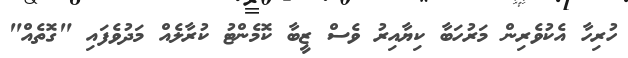
ހުރިހާ އެކުވެރިން މަރުހަބާ ކިޔާއިރު ވެސް ޒީބާ ކޮމެންޓު ކުރާލެއް މަދުވެފައި "ގޮތެއް"